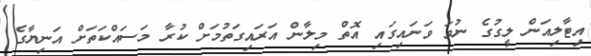
އިޓާލިއަން ލީގުގެ ނުވަ ވަނައިގައި އޮތް މިލާން އަރައިގަތުމަށް ކުރާ މަސައްކަތަށް އަނިޔާގެ